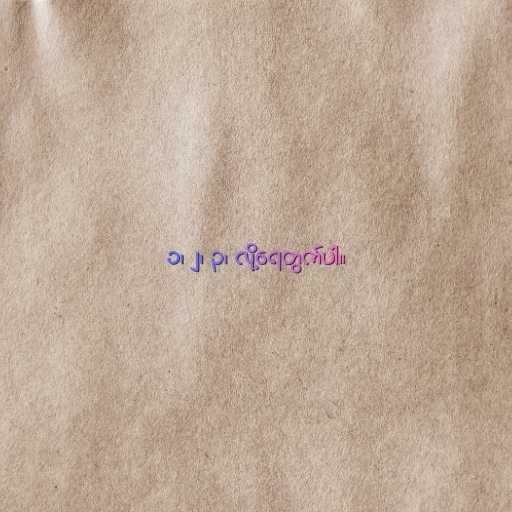
၁၊ ၂၊ ၃၊ လို့ရေတွက်ပါ။